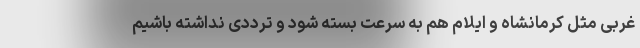
غربی مثل کرمانشاه و ایلام هم به سرعت بسته شود و ترددی نداشته باشیم